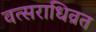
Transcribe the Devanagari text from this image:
वत्सराधिव्रत